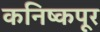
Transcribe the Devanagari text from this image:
कनिष्कपूर